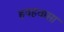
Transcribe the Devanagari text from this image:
हवहवासा